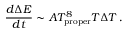
{ \frac { d \Delta E } { d t } } \sim A T _ { \mathrm { p r o p e r } } ^ { 8 } T \Delta T \, .